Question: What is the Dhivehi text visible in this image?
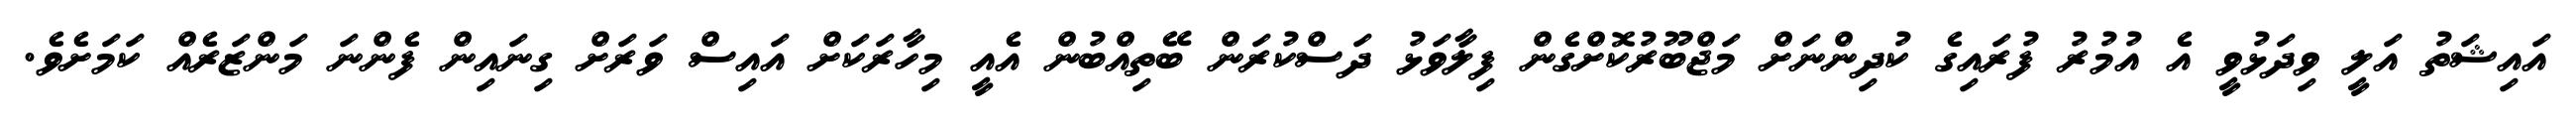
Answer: އައިޝަތު އަލީ ވިދަޅުވީ އެ އުމުރު ފުރައިގެ ކުދިންނަށް މަޖްބޫރުކޮށްގެން ފިލާވަޅު ދަސްކުރަން ބޭތިއްބުން އެއީ މިހާރަކަށް އައިސް ވަރަށް ގިނައިން ފެންނަ މަންޒަރެއް ކަމަށެވެ.